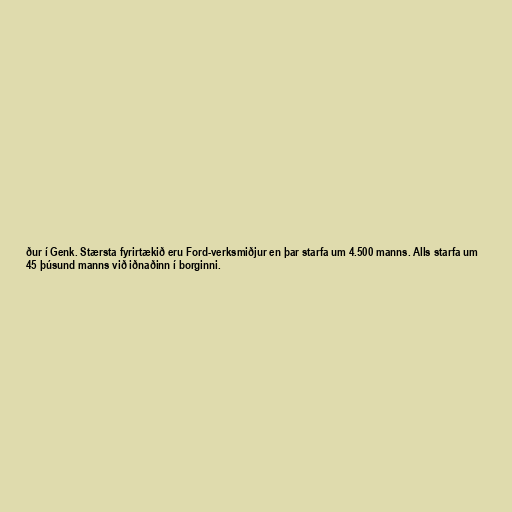
ður í Genk. Stærsta fyrirtækið eru Ford-verksmiðjur en þar starfa um 4.500 manns. Alls starfa um
45 þúsund manns við iðnaðinn í borginni.